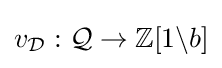
v_{\mathcal {D}}:{\mathcal {Q}}\rightarrow \mathbb {Z} [1\backslash b]